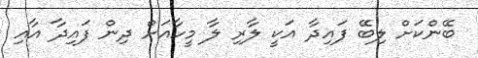
ބޭންކަށް ލިބޭ ފައިދާ އަކީ ލާރި ލާ މީހާއަށް ދިން ފައިދާ އާއި